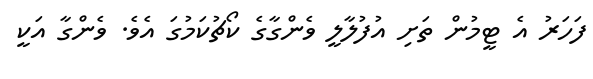
ފަހަރު އެ ޓީމުން ތަށި އުފުލާލީ ވެންގާގެ ކޯޗުކަމުގަ އެވެ. ވެންގާ އަކީ